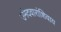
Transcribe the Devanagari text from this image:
उमेदवारांशिवाय